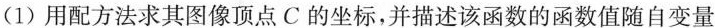
(1)用配方法求其图像顶点C的坐标，并描述该函数的函数值随自变量